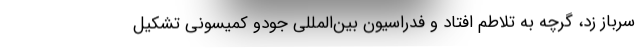
سرباز زد، گرچه به تلاطم افتاد و فدراسیون بین‌المللی جودو کمیسونی تشکیل